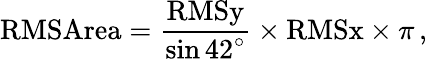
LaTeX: \textrm{RMSArea}=\frac{\textrm{RMSy}}{\sin 42^{\circ}}\times\textrm{RMSx}\times\pi\, ,